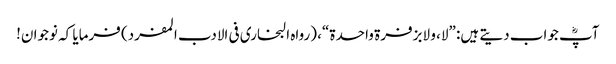
آپؓ جواب دیتے ہیں: ”لا، و لابزفرۃ واحدۃ“، (رواہ البخاری فی الادب المفرد) فرمایا کہ نوجوان!